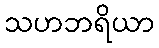
သဟဘရိယာ